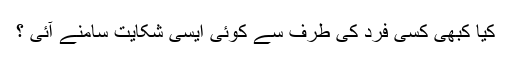
کیا کبھی کسی فرد کی طرف سے کوئی ایسی شکایت سامنے آئی ؟